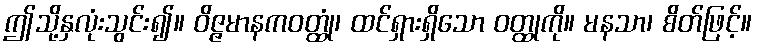
ဤသို့နှလုံးသွင်း၍။ ဝိဇ္ဇမာနကဝတ္ထုံ၊ ထင်ရှားရှိသော ဝတ္ထုကို။ မနသာ၊ စိတ်ဖြင့်။